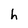
Character: h